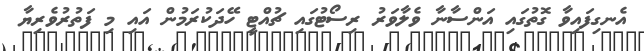
އެނގިފައިވާ ގޮތުގައި އަންސާނާ ވެލާވަރު ރިސޯޓުގައި ޗުއްޓީ ހޭދަކުރަމުން އައި މި ފަތުރުވެރިޔާ